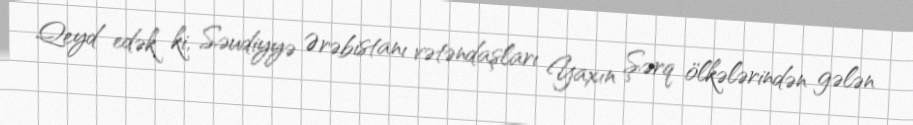
Qeyd edək ki, Səudiyyə Ərəbistanı vətəndaşları Yaxın Şərq ölkələrindən gələn